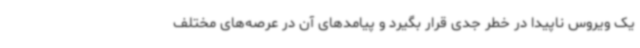
یک ویروس ناپیدا در خطر جدی قرار بگیرد و پیامدهای آن در عرصه‌های مختلف